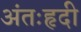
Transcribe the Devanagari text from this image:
अंतःहृदी